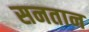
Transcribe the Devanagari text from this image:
सनतान